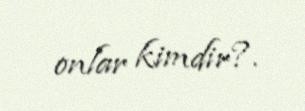
onlar kimdir?.